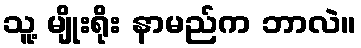
သူ့ မျိုးရိုး နာမည်က ဘာလဲ။